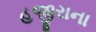
હજીરાના